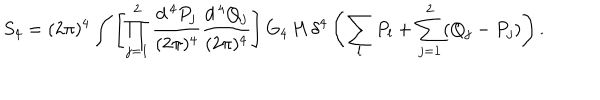
LaTeX: S _ { 4 } = ( 2 \pi ) ^ { 4 } \int \left[ \prod _ { j = 1 } ^ { 2 } \frac { d ^ { \, 4 } P _ { j } } { ( 2 \pi ) ^ { 4 } } \frac { d ^ { \, 4 } Q _ { j } } { ( 2 \pi ) ^ { 4 } } \right] G _ { 4 } \, H \, \delta ^ { 4 } \left( \sum _ { l } P _ { l } + \sum _ { j = 1 } ^ { 2 } ( Q _ { j } - P _ { j } ) \right) .